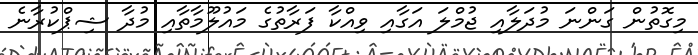
މިގޮތުން ގަންނަ މުދަލާއި ޖުމްލަ އަގާއި ވިއްކާ ފަރާތުގެ މައުލޫމާތާއި މުދާ ޝިޕްކުރާނެ